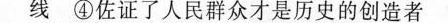
线④佐证了人民群众才是历史的创造者